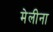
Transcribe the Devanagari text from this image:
मेलीना